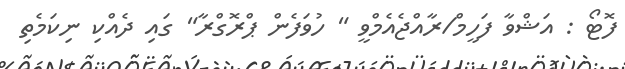
ފޮޓޯ : އަޝްވާ ފަހީމް/ރާއްޖެއެމްވީ " ހުވަފެން ޕްރޮގްރާ" ގައި ދެއްކި ނިކަމެތި